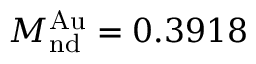
M _ { \mathrm { n d } } ^ { \mathrm { A u } } = 0 . 3 9 1 8 \, \